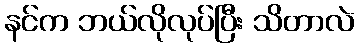
နင်က ဘယ်လိုလုပ်ပြီး သိတာလဲ